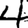
Digit: 4